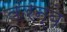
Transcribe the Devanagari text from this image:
करन्बे